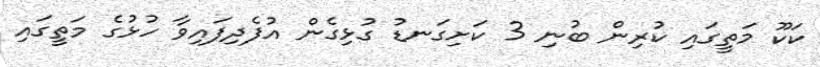
ކަކޫ މަތީގައި ކުރިން ބުނި 3 ކަށިގަނޑު ގުޅިގެން އުފެދިފައިވާ ހުޅުގެ މަތީގައި